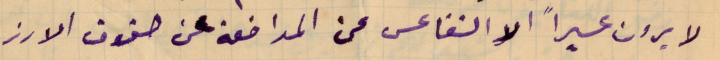
لا يرون عسيراً الا التقاعس عن المدافعة عن حقوق الارز